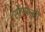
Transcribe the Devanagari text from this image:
सोमबन्सी